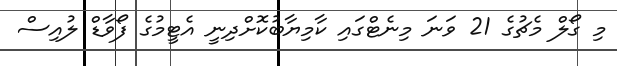
މި ގޯލް މެޗުގެ 21 ވަނަ މިނެޓްގައި ކާމިޔާބުކޮށްދިނީ އެޓީމުގެ ފޯވާޑް ލުއިސް